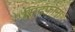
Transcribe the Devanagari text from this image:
सिंदफाना